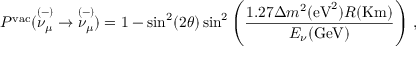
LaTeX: P ^ { \mathrm { v a c } } ( { { \stackrel { ( - ) } { \nu _ { \mu } } } } \rightarrow { { \stackrel { ( - ) } { \nu _ { \mu } } } } ) = 1 - \sin ^ { 2 } ( 2 \theta ) \sin ^ { 2 } \left( \frac { 1 . 2 7 \Delta m ^ { 2 } ( \mathrm { e V } ^ { 2 } ) R ( \mathrm { K m } ) } { E _ { \nu } ( \mathrm { G e V } ) } \right) \, ,